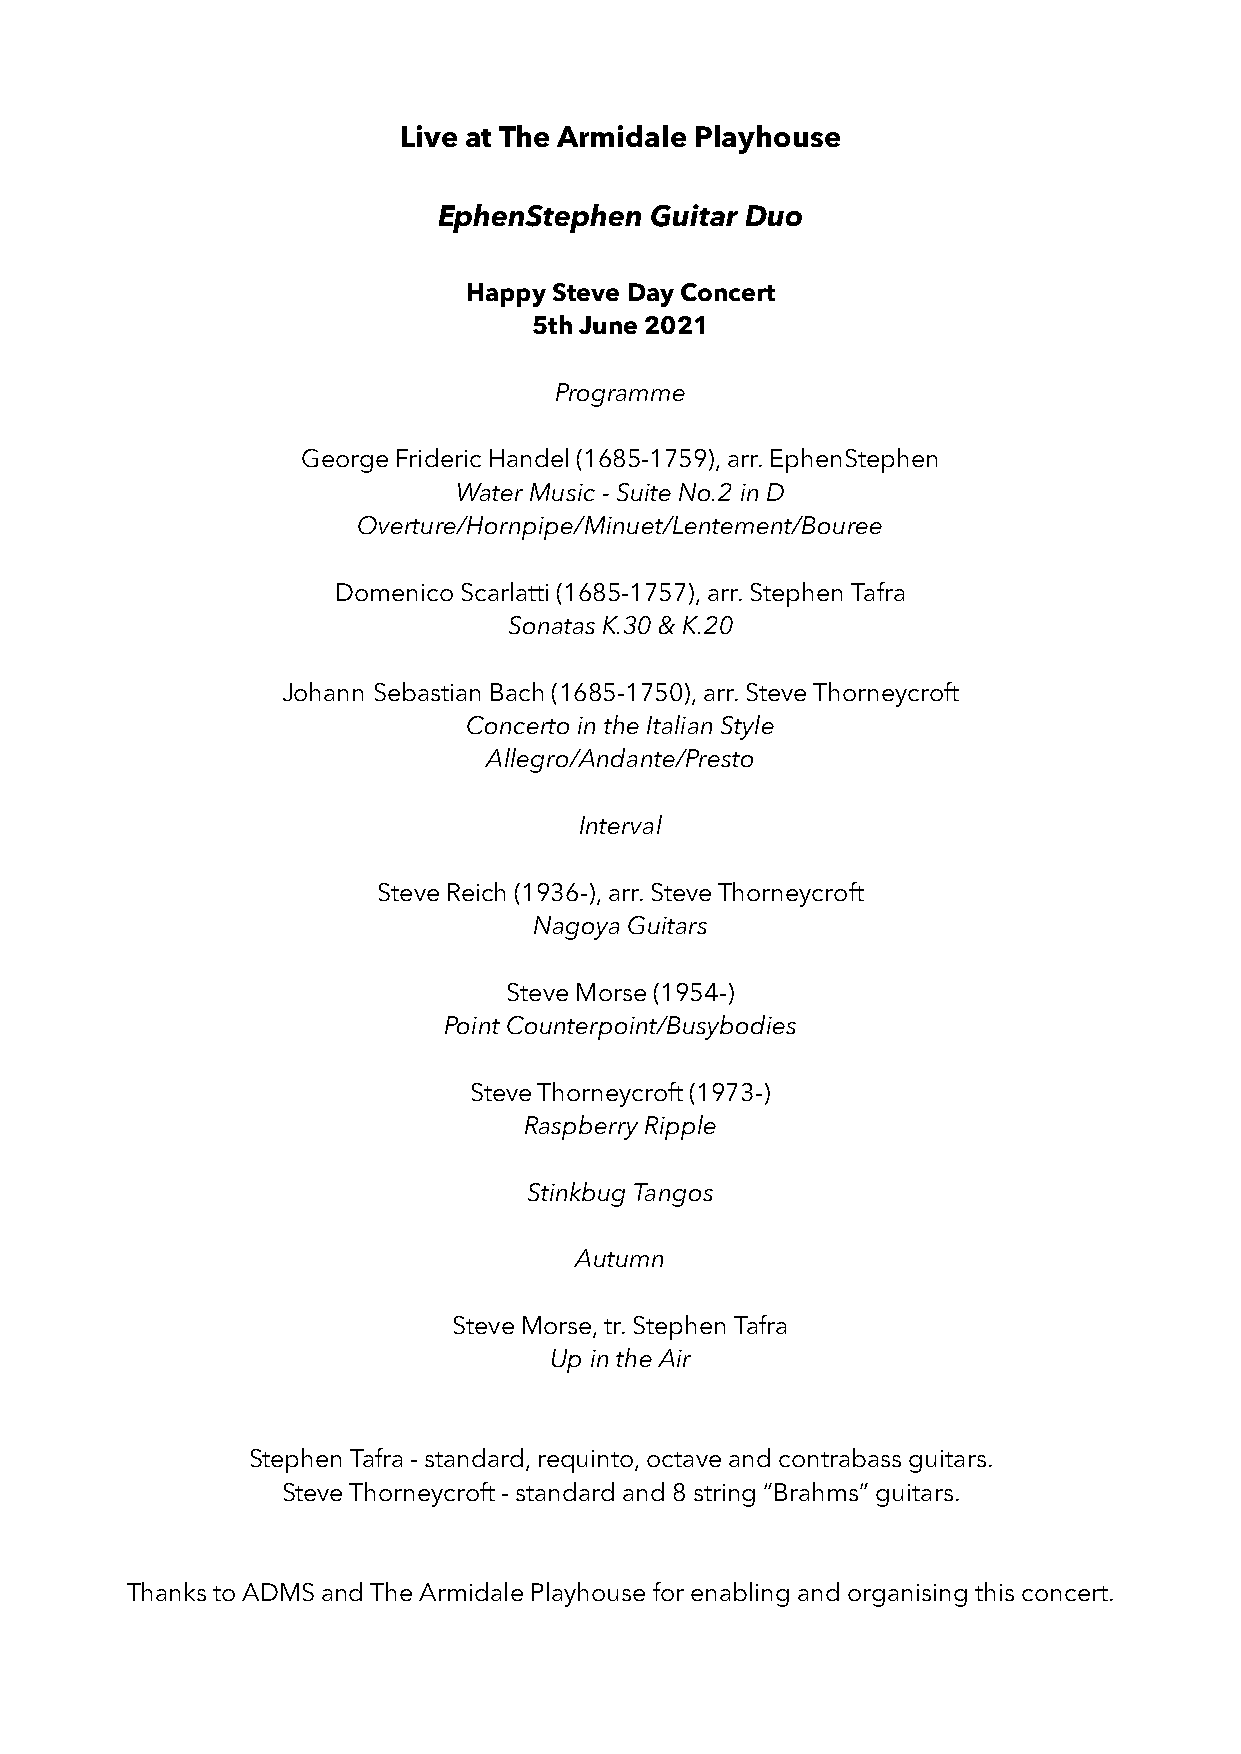
Live at The Armidale Playhouse
 EphenStephen  Guitar Duo
 Happy Steve Day Concert
 5th June 2021
 Programme
 George Frideric Handel (1685-1759), arr. EphenStephen
 Water Music - Suite No.2 in D
 Overture/Hornpipe/Minuet/Lentement/Bouree
 Domenico Scarlatti (1685-1757), arr. Stephen Tafra
 Sonatas K.30 & K.20
 Johann Sebastian Bach (1685-1750), arr. Steve Thorneycroft
 Concerto in the Italian Style
 Allegro/Andante/Presto
 Interval
 Steve Reich (1936-), arr. Steve Thorneycroft
 Nagoya Guitars
 Steve Morse (1954-)
 Point Counterpoint/Busybodies
 Steve Thorneycroft (1973-)
 Raspberry Ripple
 Stinkbug Tangos
 Autumn
 Steve Morse, tr. Stephen Tafra
 Up in the Air
 Stephen Tafra - standard, requinto, octave and contrabass guitars.
 Steve Thorneycroft - standard and 8 string “Brahms” guitars.
 Thanks to ADMS and The Armidale Playhouse for enabling and organising this concert.